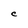
Character: C